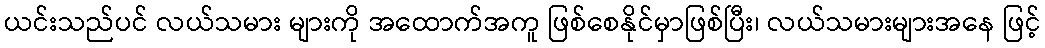
ယင်းသည်ပင် လယ်သမား များကို အထောက်အကူ ဖြစ်စေနိုင်မှာဖြစ်ပြီး၊ လယ်သမားများအနေ ဖြင့်